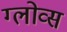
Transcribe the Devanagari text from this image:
ग्लोव्स